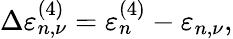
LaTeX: \Delta\varepsilon_{n,\nu}^{(4)}=\varepsilon_{n}^{(4)}-\varepsilon_{n,\nu},